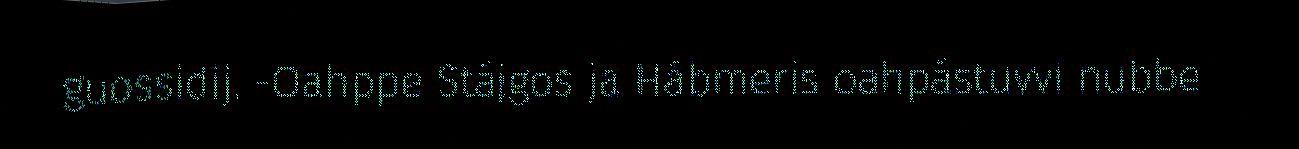
guossidij. -Oahppe Stájgos ja Hábmeris oahpástuvvi nubbe